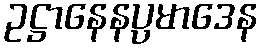
ဥဋ္ဌာနေနပ္ပမာဒေန